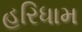
હરિધામ